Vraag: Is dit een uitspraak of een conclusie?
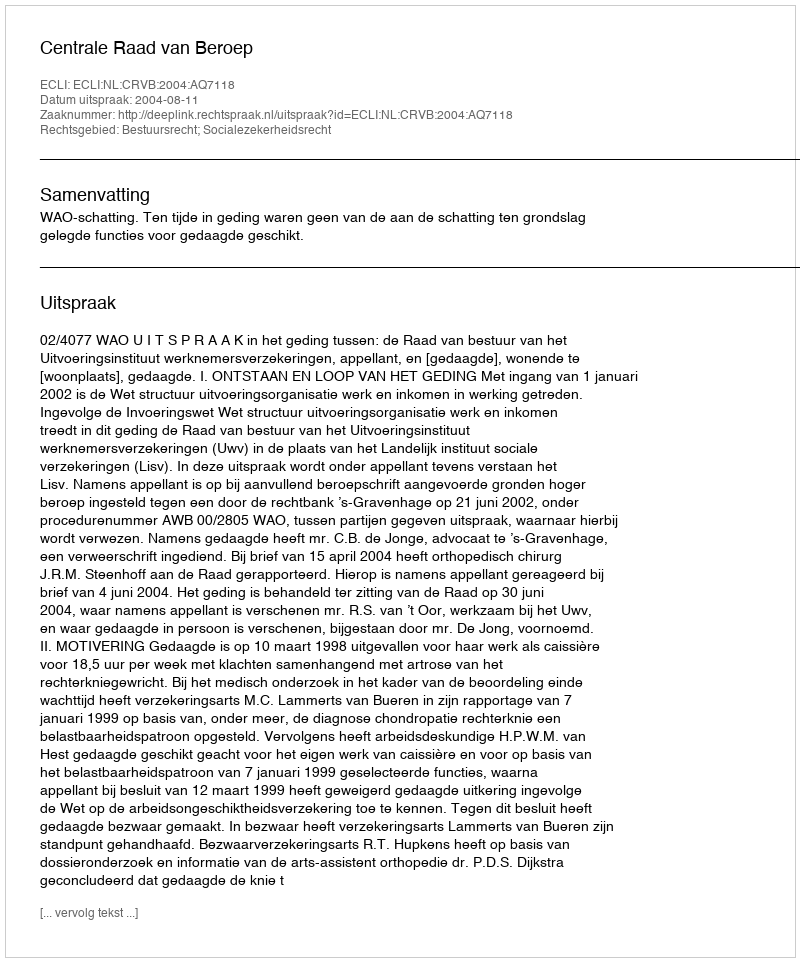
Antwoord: Uitspraak